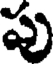
పు